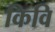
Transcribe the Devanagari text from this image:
किवि